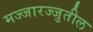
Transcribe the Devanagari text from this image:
मज्जारज्जुतील